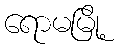
ရောမမြို့